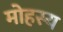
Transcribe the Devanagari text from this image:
मोहस्य